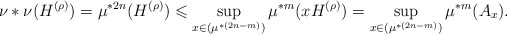
\begin{align*}\nu*\nu(H^{(\rho)})=\mu^{*2n}(H^{(\rho)})\leqslant\sup_{x\in (\mu^{*(2n-m)})}\mu^{*m}(xH^{(\rho)})=\sup_{x\in (\mu^{*(2n-m)})}\mu^{*m}(A_x).\end{align*}